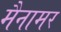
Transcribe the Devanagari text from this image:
मैनामर